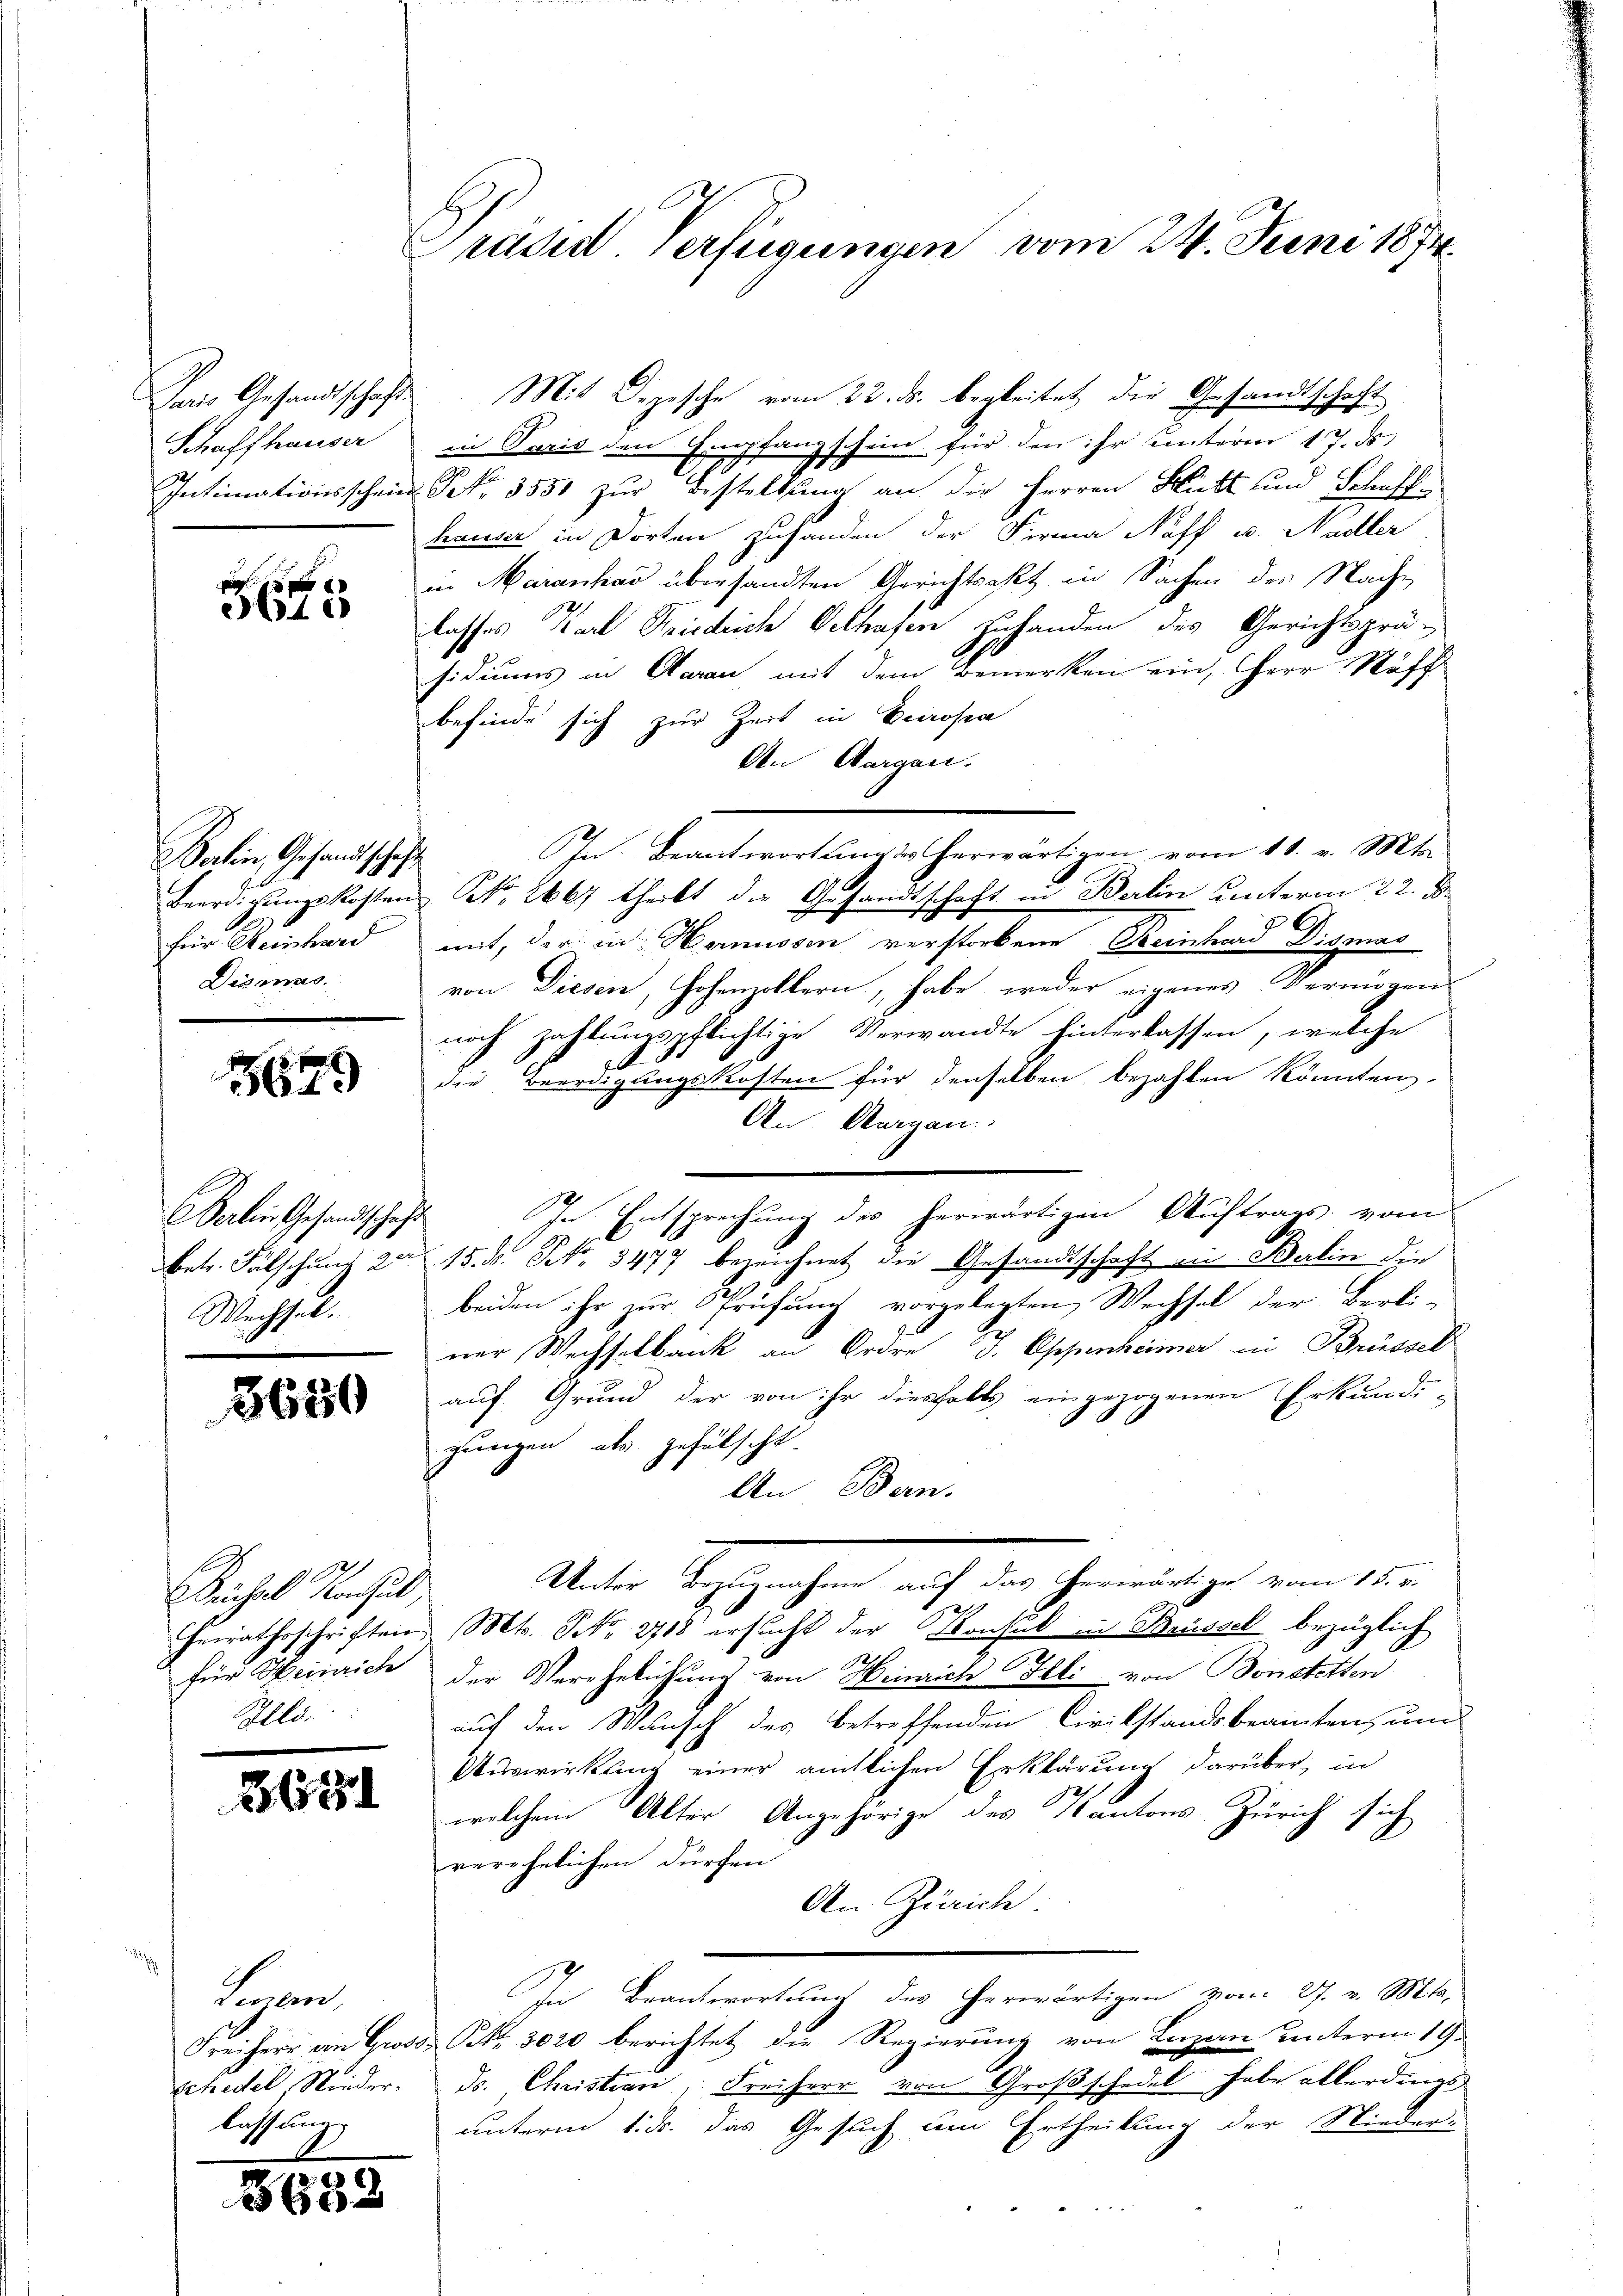
Schaffhauser
Intimationsschein

n
3610

Sahin, Gesandtschaft
für Reinhard
Diamas.

164

Verlein Gesandtschaft
Wechsel.

3650

Beichael Konsul
Ills.

2631

Leuen,
lassung

3682

Präsid. Verfügungen vom 24. Juni 1874.

Das Gesandtschaft. Mit Depesche vom 22. ds. begleitet die Gesandtschaft
in Paris den Empfangschein für den ihr unterm 17. ds.
u. Petr. 3550 zur Bestellung an die Herren Witt und Schaffhauser in Dorten zuhanden der Firma Naff u. Nadler
in Maranhas übersandten Gerichtsakt in Sachen der Nachlasses Karl Friedrich Oethafen zuhanden des Gerichtspräsidiums in Aarau mit dem Bemerken ein, Herr Stoff
befinde sich zur Zeit in Vierosen
An Aargau.
Beerdigungskosten Frk. 2667 theilt die Gesandtschaft in Berlin unterm 22. J
mit, der in Harnissen verstorbene Steinhard Dismas
von Diesen, Hohenzollern, habe weder eigenes Vermögen
noch zahlungspflichtige Verwandte hinterlassen, welche
d
die Beerdigungskosten für denselben bezahlen könnten,
An Aargau
In Entsprechung des herwärtigen Auftrags vom
betr. Fälschung am 15. d. Frk. 3477 bezeichnet die Gesandtschaft in Balin die
beiden ihr zur Sprühung vorgelegten Wechsel der Berli-
ner Wechselbank an Ordre J. Oppenheimer in Brüssel
auf Grund der von ihr diesfalls eingezogenen Erkundi-
gungen, als gefälscht.
An Bern.
Weiter Regierechen auch den Gemütige vom 12.
Gerrathsschriften Mts. Nr. 2718 ersucht der Konseck in Brüssel bezüglich
für Heinrich der Verehelichung von Heinrich Illi von Bonstetten
auf den Wunsch des betreffenden Cirikstandsbeamten, um
Auswirkung einer ämtlichen Erklärung darüber, in
welchem Alter Angehörige des Kantons Zürich sich
verehelichen dürchen
An Zürich.
In Beantwortung des herwärtigen vom 27. v. Mts.,
Freiherr an Groso Petr. 3020 berichtet die Regierung von Luzern unterm 19.
schedel Wieder. Dr. Christian, Freiherr von Großschedel habe allerdings
unterm 1. ds. das Gesuch um Ertheilung der Nieder-

In Beantwortung es herwärtigen vom 11. v. Mts.